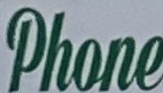
Phone